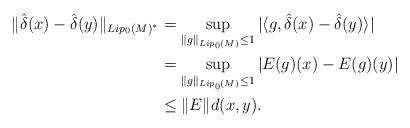
LaTeX: \begin{align*}\|\hat\delta(x) - \hat\delta(y) \|_{Lip_0(M)^*}&= \sup_{\|g\|_{Lip_0(M)} \leq 1} |\langle g, \hat\delta(x) - \hat\delta(y)\rangle|\\&= \sup_{\|g\|_{Lip_0(M)} \leq 1} |E(g)(x) - E(g)(y)|\\&\leq \|E\| d(x, y).\end{align*}